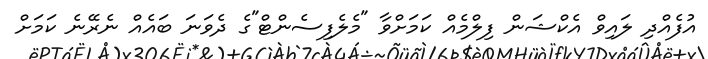
އުފެއްދި ލައިވް އެކްޝަން ފިލްމެއް ކަމަށްވާ "މެލެފިސެންޓް"ގެ ދެވަނަ ބައެއް ނެރޭނެ ކަމަށް